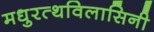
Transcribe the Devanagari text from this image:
मधुरत्थविलासिनी